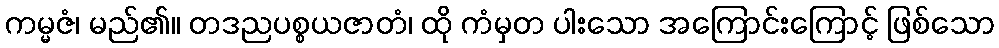
ကမ္မဇံ၊ မည်၏။ တဒညပစ္စယဇာတံ၊ ထို ကံမှတ ပါးသော အကြောင်းကြောင့် ဖြစ်သော